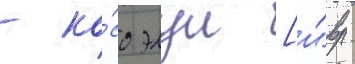
- ко́со элул [и́вр.